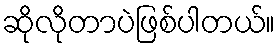
ဆိုလိုတာပဲဖြစ်ပါတယ်။